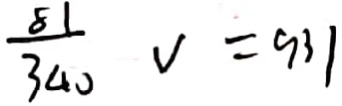
\frac { 8 1 } { 3 4 0 } v = 9 3 1